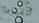
تنفيذها